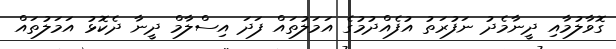
ގޮވާލުމާއި ދީނާމެދު ނަފުރަތު އުފެއްދުމުގެ އަމަލުތައް ފަދަ އިސްލާމް ދީނާ ދެކޮޅު އަމަލުތައް